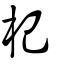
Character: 杞